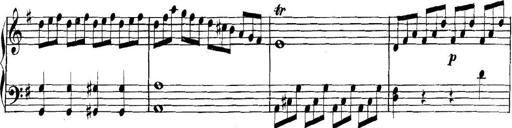
Title: Collected Piano Sonatas
Composer: Muzio Clementi